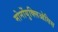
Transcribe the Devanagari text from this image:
मोनोंयुक्लिओसिस